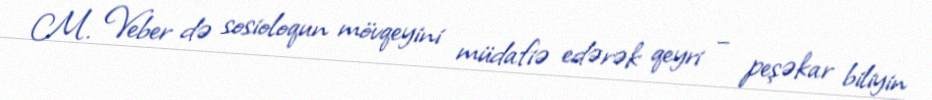
M. Veber də sosioloqun mövqeyini müdafiə edərək qeyri – peşəkar biliyin